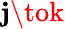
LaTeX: \mathbf{j}\tok